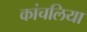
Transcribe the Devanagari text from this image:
कांचलिया